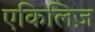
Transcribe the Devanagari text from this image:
एकिलिज़